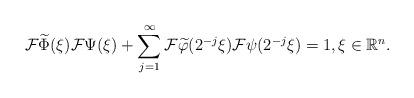
LaTeX: \begin{align*}\mathcal{F}\widetilde{\Phi }(\xi )\mathcal{F}\Psi (\xi )+\sum_{j=1}^{\infty }\mathcal{F}\widetilde{\varphi }(2^{-j}\xi )\mathcal{F}\psi (2^{-j}\xi)=1,\xi \in \mathbb{R}^{n}. \end{align*}